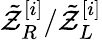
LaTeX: \tilde{\mathcal{Z}}_{R}^{[i]}/\tilde{\mathcal{Z}}_{L}^{[i]}